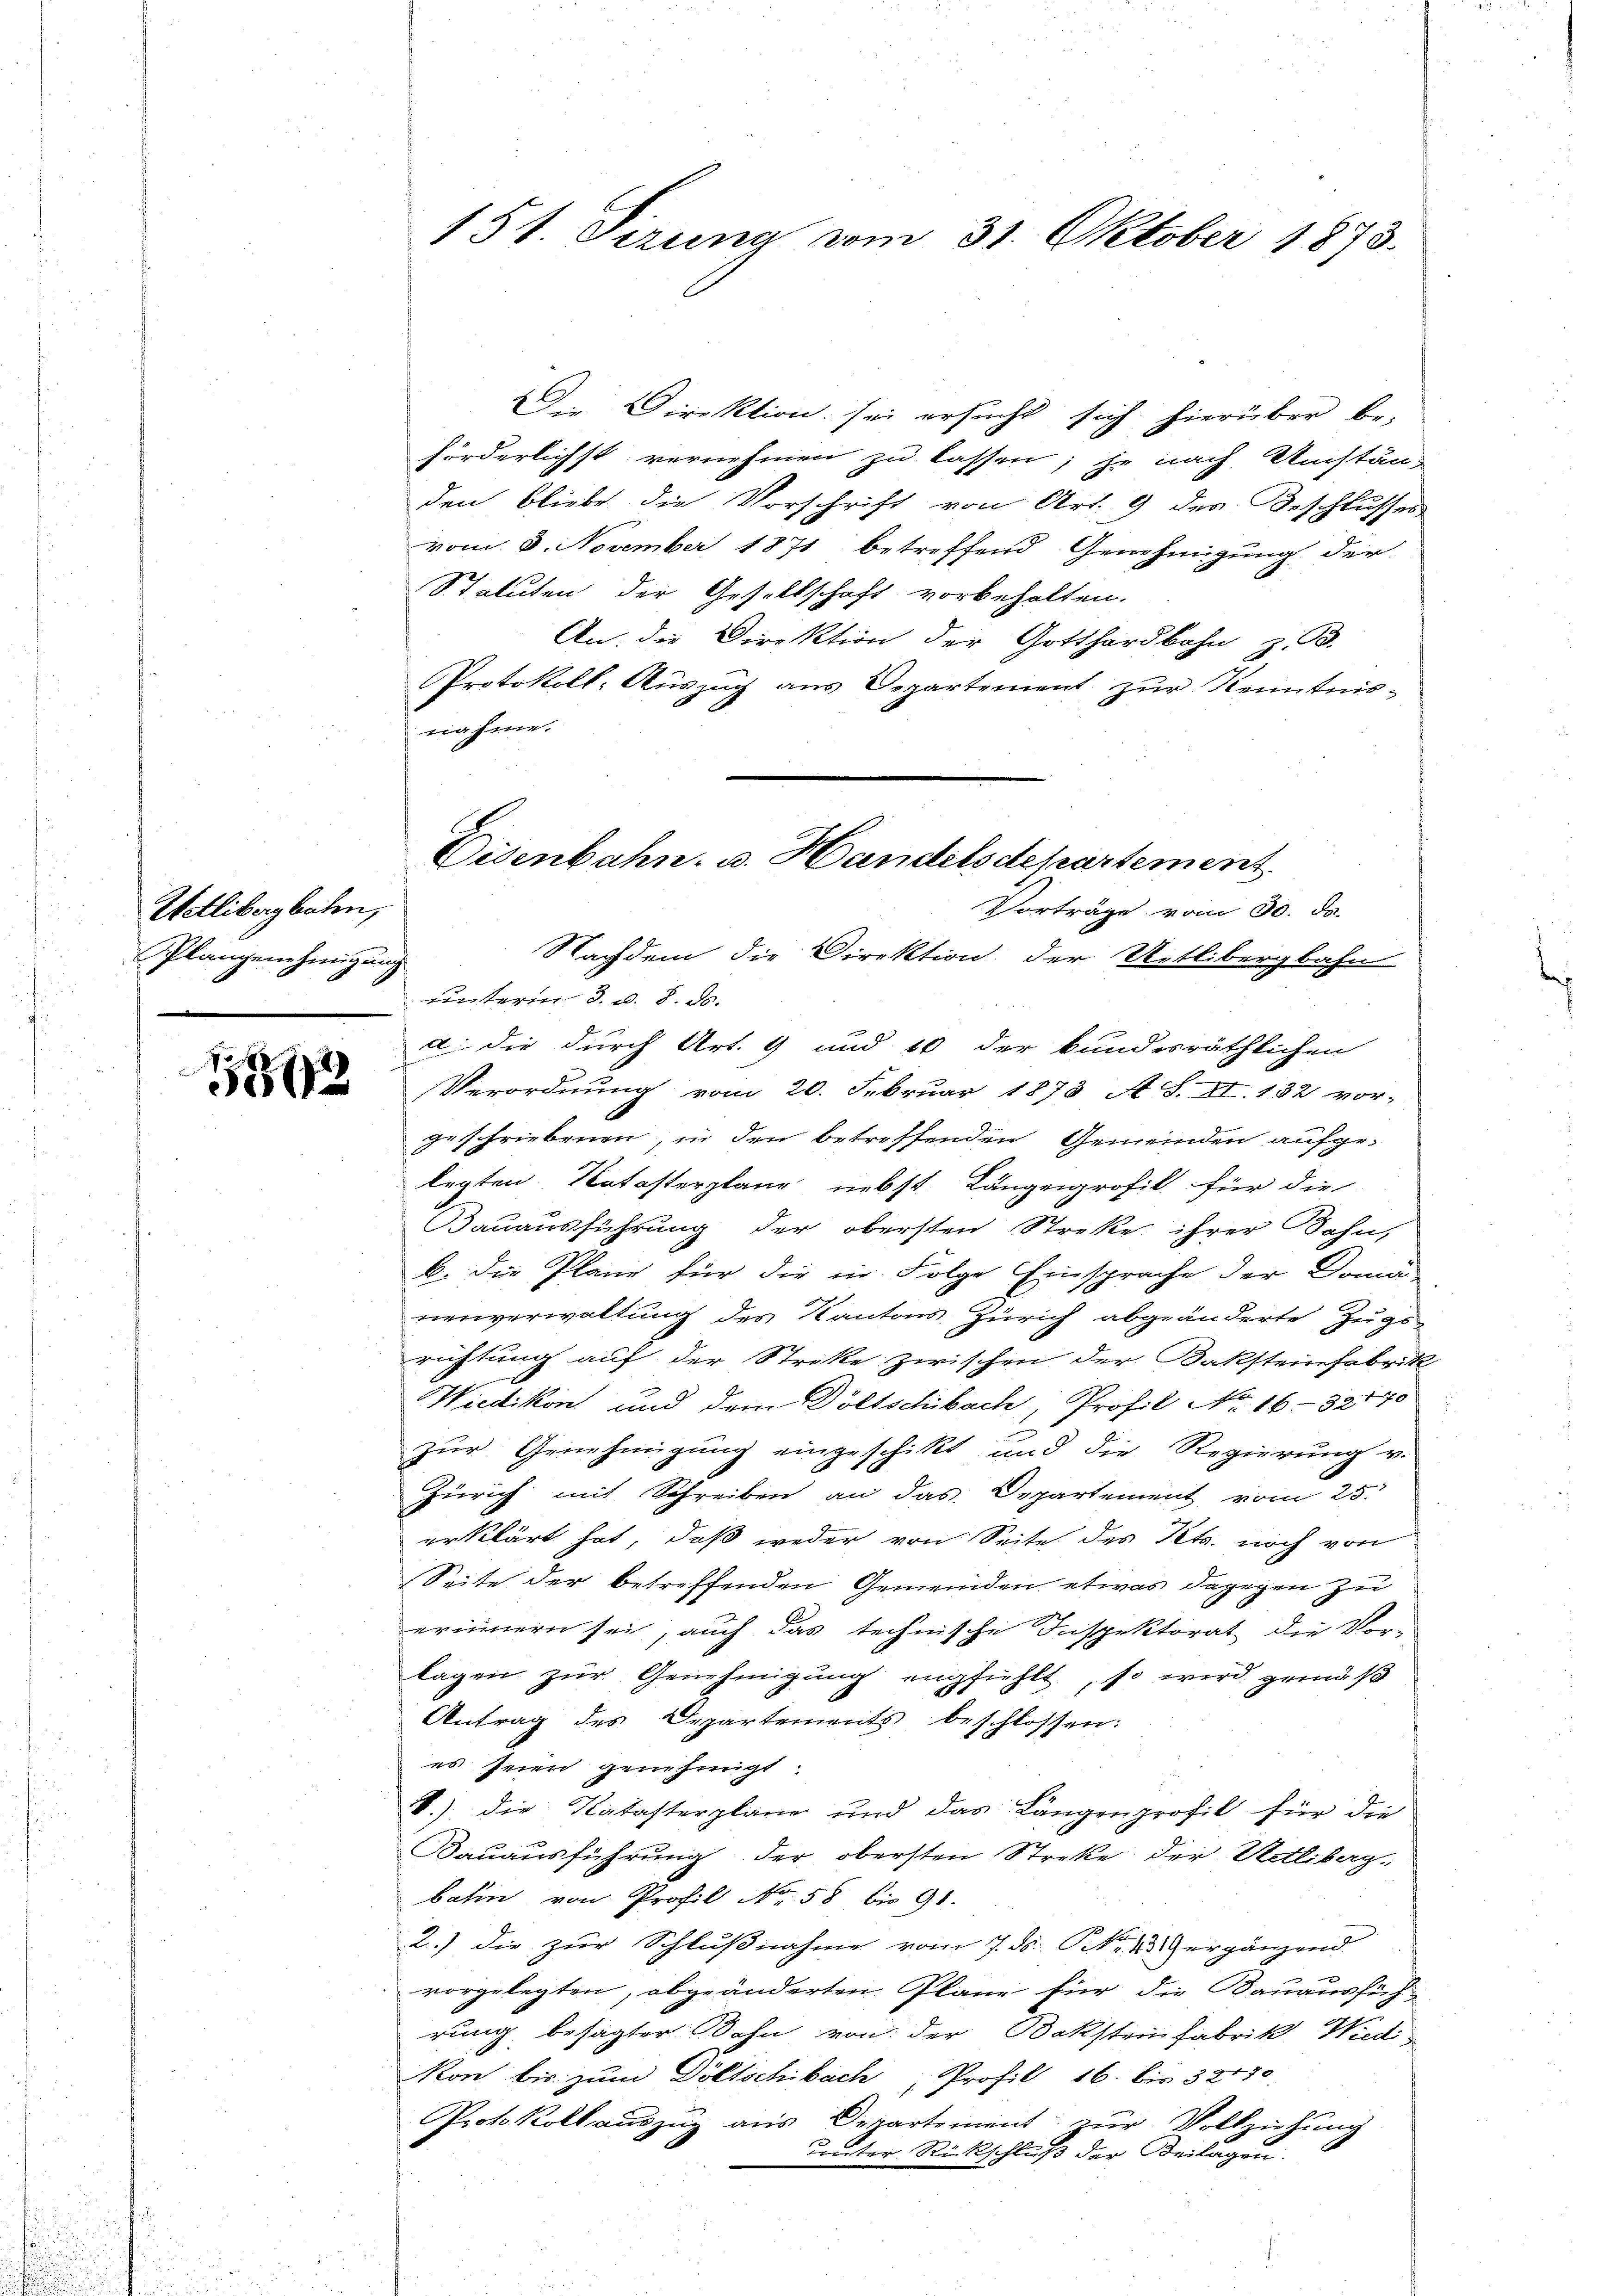
Wetlibergbahn,
Plangenehmigung

1312

151. Sizung vom 31. Oktober 1873.

Der Direktion sei ersucht sich hierüber be-
förderlichst vernehmen zu lassen, je nach Umstän-
den bliebe die Vorschrift von Art. 9 des Beschlusses
vom 8. November 1871 betreffend Genehmigung der
Statuten der Gesellschaft vorbehalten.
An, die Direktion der Gotthardbahn z. B.
Protokoll- Auszug aus Departement zur Kenntnis-
nahme.
Vorträge vom 30. ds.
Nachdem die Direktion der Uetlibergbahn
unterm 8. d. 8. ds.
a. die durch Art. 9 und 10 der bundesräthlichen
Verordnung vom 20. Februar 1873 A. S. XI. 132 vor-
geschriebenen, in den betreffenden Gemeinden aufgelegten Katasterplane nebst Längenprofil für die
Bauausführung der obersten Streke ihrer Bahn,
b. Die Pläne für die in Folge Einsprache der Domä-
nenverwaltung des Kantons Zürich abgeänderte Zugs-
richtung auf der Streke zwischen der Kaksteinfabrik
Wiedikon und dem Döltschibach, Profil No 16-32770
zur Genehmigung eingeschikt und die Regierung v.
Zürich mit Schreiben an das Departement vom 25.
erklärt hat, daß weder von Seite des Kts. noch von
Seite der betreffenden Gemeinden etwas dagegen zu
erinnern sei, auch das technische Inspektorat die Vor-
lagen zŭr Genehmigung empfiehlt, so wird gemäß
Antrag des Departements beschlossen:
es seien genehmigt.
1.) die Katasterpläne und das Längenprofil für die
Bauausführung der obersten Streke der Wetlibag-
bahn von Profil No 58 bis 91.
2.) die zur Schlußnahme vom 7. ds. Nr. 4 ergänzend
vorgelegten, abgeänderten Pläne für die Bauaushöch
rung, besagter Bahn von der Dokstein Fabrik, Wiedi¬
Non bis zŭm Döltschibach " Profil 16. bis 32480.
Protokoll aŭszŭg aŭs Departement zŭr Vollziehŭng
unter Rückschluß der Beilagen.

Eisenbahn. u. Handelsdepartement